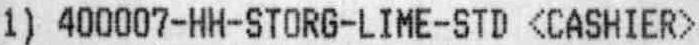
1) 400007-HH-STORG-LIME-STD <CASHIER>